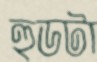
হুডটা